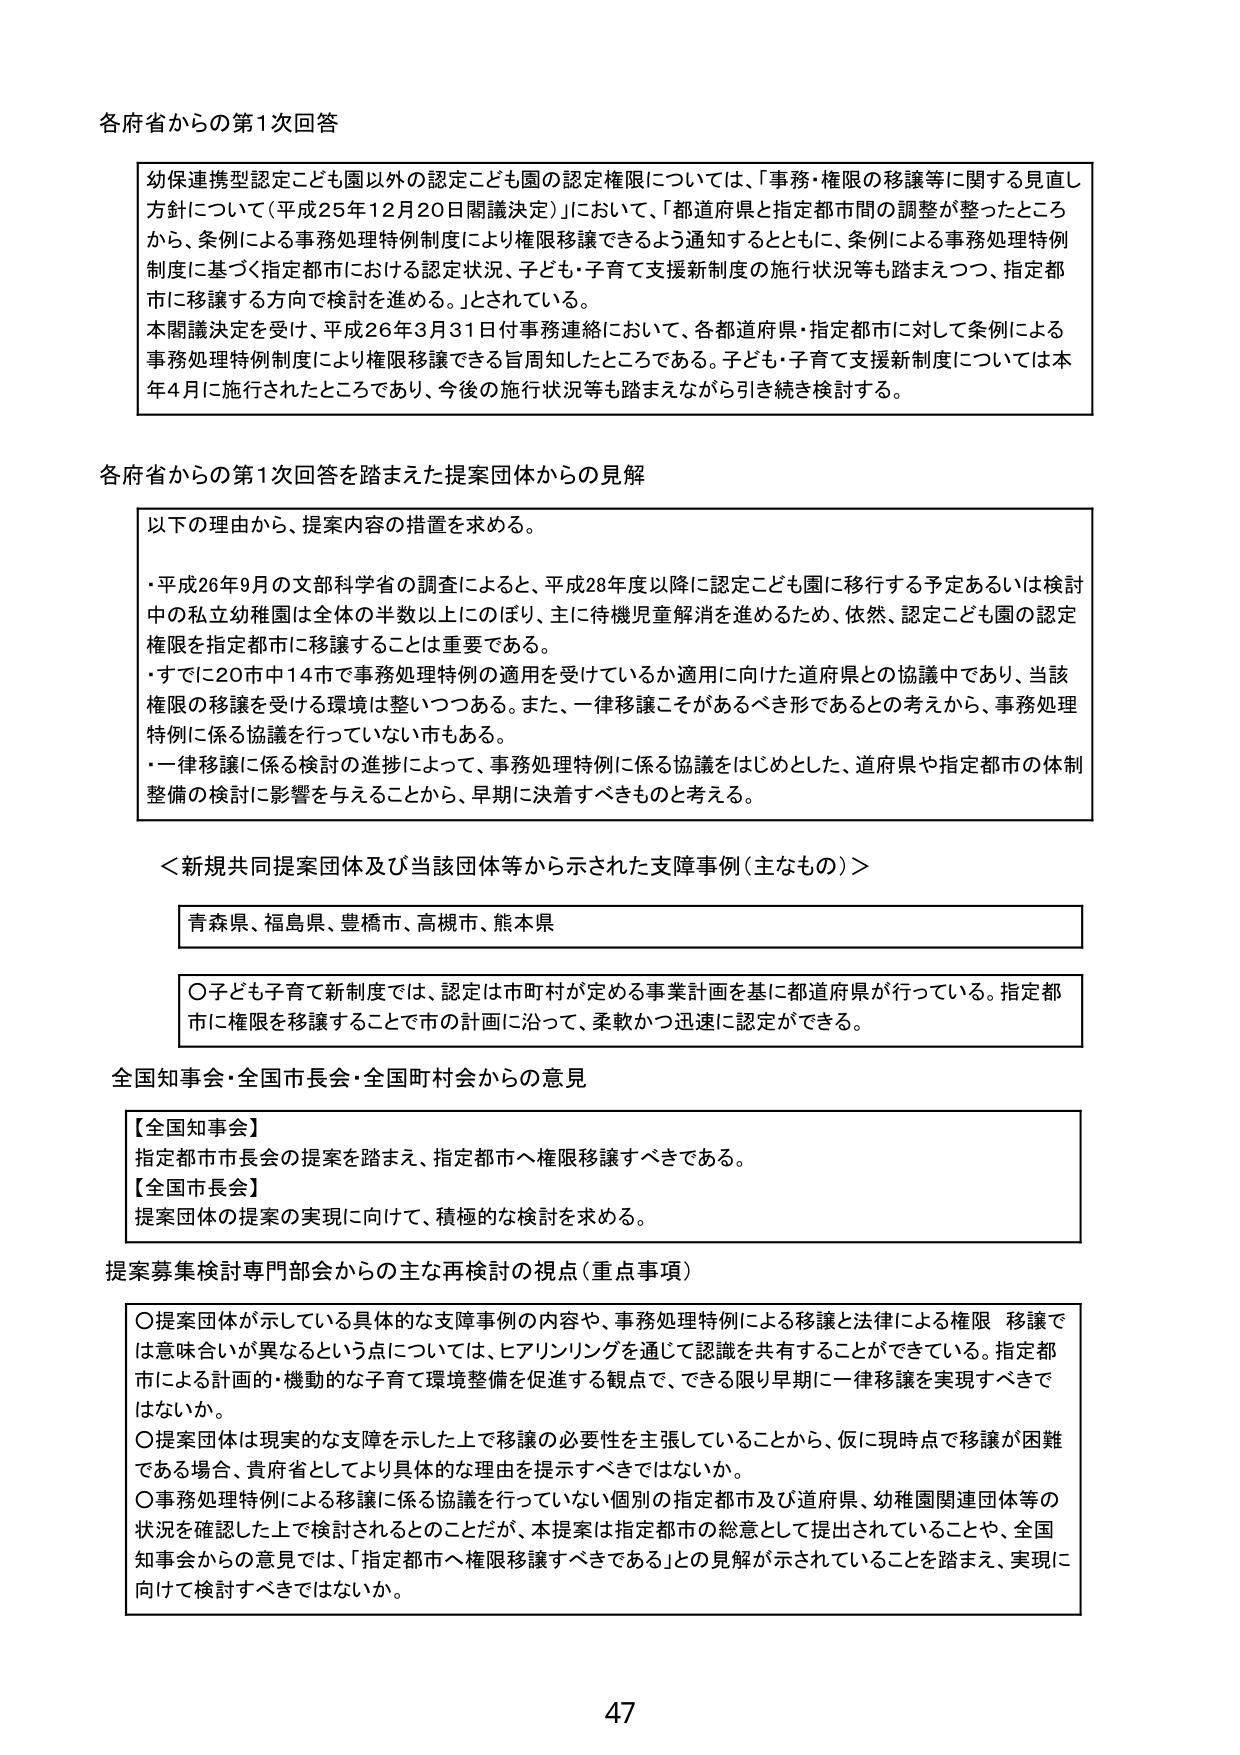
各府省からの第1次回答

幼保連携型認定こども園以外の認定こども園の認定権限については、「事務・権限の移譲等に関する見直し方針について（平成25年12月20日閣議決定）」において、「都道府県と指定都市間の調整が整ったところから、条例による事務処理特例制度により権限移譲できるよう通知するとともに、条例による事務処理特例制度に基づく指定都市における認定状況、子ども・子育て支援新制度の施行状況等も踏まえつつ、指定都市に移譲する方向で検討を進める。」とされている。

本閣議決定を受け、平成26年3月31日付事務連絡において、各都道府県・指定都市に対して条例による事務処理特例制度により権限移譲できる旨周知したところである。子ども・子育て支援新制度については本年4月に施行されたところであり、今後の施行状況等も踏まえながら引き続き検討する。

各府省からの第1次回答を踏まえた提案団体からの見解

以下の理由から、提案内容の措置を求める。

・平成26年9月の文部科学省の調査によると、平成28年度以降に認定こども園に移行する予定あるいは検討中の私立幼稚園は全体の半数以上にのぼり、主に待機児童解消を進めるため、依然、認定こども園の認定権限を指定都市に移譲することは重要である。

・すでに20市中14市で事務処理特例の適用を受けているか適用に向けた道府県との協議中であり、当該権限の移譲を受ける環境は整いつつある。また、一律移譲こそがあるべき形であるとの考えから、事務処理特例に係る協議を行っていない市もある。

・一律移譲に係る検討の進捗によって、事務処理特例に係る協議をはじめとした、道府県や指定都市の体制整備の検討に影響を与えることから、早期に決着すべきものと考える。

＜新規共同提案団体及び当該団体等から示された支障事例（主なもの）＞

青森県、福島県、豊橋市、高槻市、熊本県

○子ども子育て新制度では、認定は市町村が定める事業計画を基に都道府県が行っている。指定都市に権限を移譲することで市の計画に沿って、柔軟かつ迅速に認定ができる。

全国知事会・全国市長会・全国町村会からの意見

【全国知事会】
指定都市市長会の提案を踏まえ、指定都市へ権限移譲すべきである。

【全国市長会】
提案団体の提案の実現に向けて、積極的な検討を求める。

提案募集検討専門部会からの主な再検討の視点（重点事項）

○提案団体が示している具体的な支障事例の内容や、事務処理特例による移譲と法律による権限移譲では意味合いが異なるという点については、ヒアリングを通じて認識を共有することができる。指定都市による計画的・機動的な子育て環境整備を促進する観点で、できる限り早期に一律移譲を実現すべきではないか。

○提案団体は現実的な支障を示した上で移譲の必要性を主張していることから、仮に現時点で移譲が困難である場合、貴府省としてより具体的な理由を提示すべきではないか。

○事務処理特例による移譲に係る協議を行っていない個別の指定都市及び道府県、幼稚園関連団体等の状況を確認した上で検討されるとのことだが、本提案は指定都市の総意として提出されていることや、全国知事会からの意見では、「指定都市へ権限移譲すべきである」との見解が示されていることを踏まえ、実現に向けて検討すべきではないか。

47